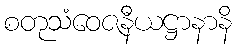
စတုသံဝေဇနီယဋ္ဌာနာနိ